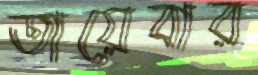
তায়েবার